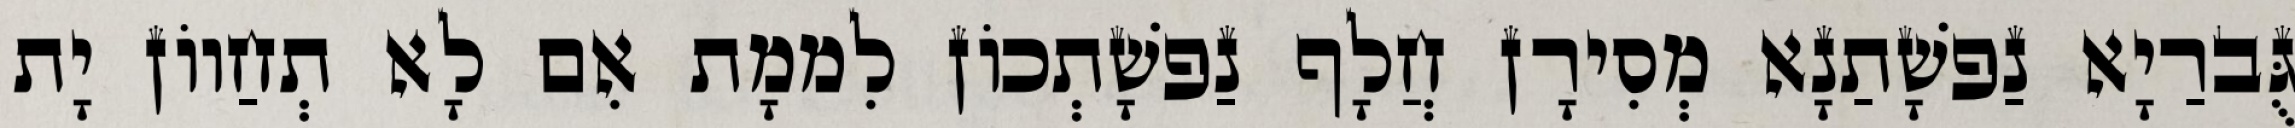
גֻּברַיָא נַפשָׁתַנָא מְסִירָן חֲלָף נַפשָׁתְכוֹן לִממָת אִם לָא תְחַווֹן יָת